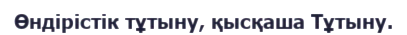
Өндірістік тұтыну, қысқаша Тұтыну.